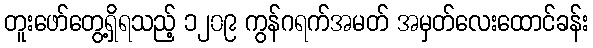
တူးဖော်တွေ့ရှိရသည့် ၁၂၀၉ ကွန်ဂရက်အမတ် အမှတ်လေးထောင်ခန်း